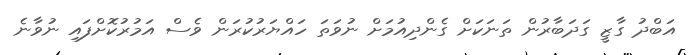
އަބްދު ގާޒީ ގަދަބާރުން ތަނަކަށް ގެންދިއުމަށް ނުވަތަ ހައްޔަރުކުރަން ވެސް އަމުރުކޮށްފައި ނުވާނެ